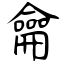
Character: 龠